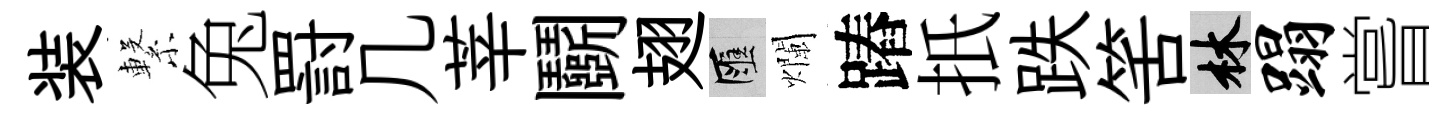
装繋兔罸几莘鬬翅匯爛蹖扺跌筈林蹋嘗